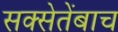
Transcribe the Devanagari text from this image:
सक्सेतेंबाच